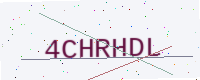
Text: 4CHRHDL